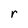
Character: r